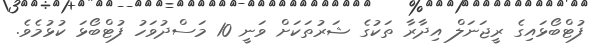
ފުޓްބޯޅައިގެ ރީޖަނަލް އިދާރާ ތަކުގެ ޝަރުތަކަށް ވަނީ 10 މަސްދުވަހު ފުޓްބޯޅަ ކުޅުމެވެ.